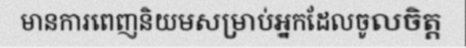
មានការពេញនិយមសម្រាប់អ្នកដែលចូលចិត្ត